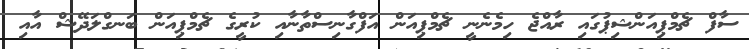
ސާފް ޗެމްޕިއަންޝިޕުގައި ރާއްޖެ ހިމެނެނީ ޗެމްޕިއަން އަފްގާނިސްތާނާއި ކުރީގެ ޗެމްޕިއަން ބަނގްލަދޭޝް އާއި